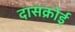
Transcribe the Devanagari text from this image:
दासक्रोई